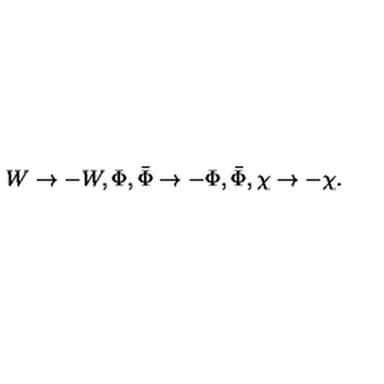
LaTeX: W \rightarrow - W , \Phi , \bar { \Phi } \rightarrow - \Phi , \bar { \Phi } , \chi \rightarrow - \chi .